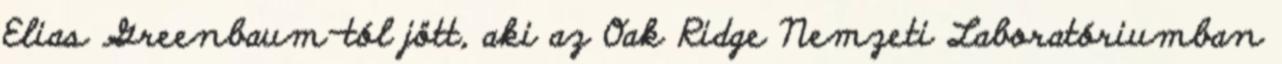
Elias Greenbaum-tól jött, aki az Oak Ridge Nemzeti Laboratóriumban